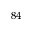
^ { 8 4 }